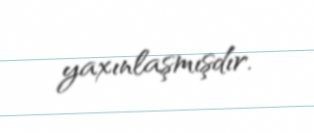
yaxınlaşmışdır.